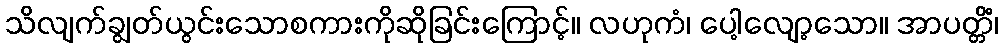
သိလျက်ချွတ်ယွင်းသောစကားကိုဆိုခြင်းကြောင့်။ လဟုကံ၊ ပေါ့လျော့သော။ အာပတ္တိံ၊